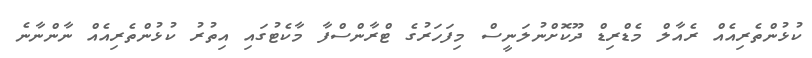
ކުޅުންތެރިއެއް ރެއާލް މެޑްރިޑް ދޫކޮށްނުލަނީސް މިފަހަރުގެ ޓްރާންސްފާ މާކެޓުގައި އިތުރު ކުޅުންތެރިއެއް ނާންނާނެ